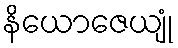
နိယောဇေယျုံ